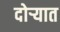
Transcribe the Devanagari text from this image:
दोर्‍यात